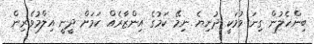
ބިންހެލުން ގިނަ ވުމަކީ ދުނިޔެ ނިމޭ ކަމުގެ އިންޒާރެއް ކަމަށް ދީނީ އިލްމުވެރިން